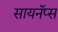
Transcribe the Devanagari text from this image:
सायनॅप्स